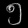
Digit: ၅